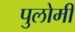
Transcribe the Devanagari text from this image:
पुलोमी